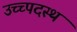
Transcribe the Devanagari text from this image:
उच्च्पदस्थ